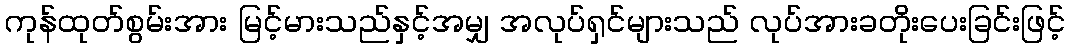
ကုန်ထုတ်စွမ်းအား မြင့်မားသည်နှင့်အမျှ အလုပ်ရှင်များသည် လုပ်အားခတိုးပေးခြင်းဖြင့်